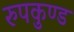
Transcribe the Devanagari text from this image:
रुपकुण्ड